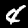
Label: 4